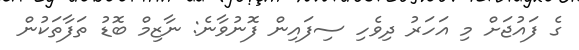
ގެ ފައުޖަށް މި އަހަރު ދިވެހި ސިފައިން ފޮނުވާނެ: ނާޒިމް ބޮޑު ތަފާތަކުން